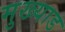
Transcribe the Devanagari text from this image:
मुख्याड